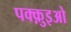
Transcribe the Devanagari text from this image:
पक्क़ुइओ